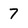
Character: 7